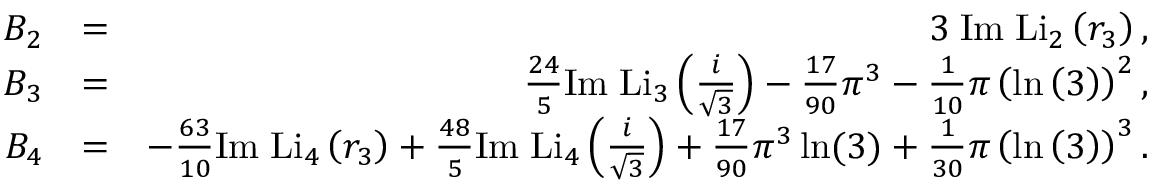
\begin{array} { r l r } { B _ { 2 } } & { = } & { 3 \; \mathrm { I m } \; \mathrm { L i } _ { 2 } \left( r _ { 3 } \right) , } \\ { B _ { 3 } } & { = } & { \frac { 2 4 } { 5 } \mathrm { I m } \; \mathrm { L i } _ { 3 } \left( \frac { i } { \sqrt { 3 } } \right) - \frac { 1 7 } { 9 0 } \pi ^ { 3 } - \frac { 1 } { 1 0 } \pi \left( \ln \left( 3 \right) \right) ^ { 2 } , } \\ { B _ { 4 } } & { = } & { - \frac { 6 3 } { 1 0 } \mathrm { I m } \; \mathrm { L i } _ { 4 } \left( r _ { 3 } \right) + \frac { 4 8 } { 5 } \mathrm { I m } \; \mathrm { L i } _ { 4 } \left( \frac { i } { \sqrt { 3 } } \right) + \frac { 1 7 } { 9 0 } \pi ^ { 3 } \ln ( 3 ) + \frac { 1 } { 3 0 } \pi \left( \ln \left( 3 \right) \right) ^ { 3 } . } \end{array}